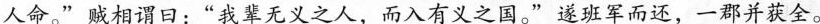
人命。”贼相谓日：”我辈无义之人，而入有义之国。”遂班军而还，一郡并获全。